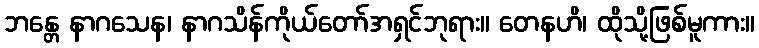
ဘန္တေ နာဂသေန၊ နာဂသိန်ကိုယ်တော်အရှင်ဘုရား။ တေနဟိ၊ ထိုသို့ဖြစ်မူကား။